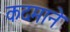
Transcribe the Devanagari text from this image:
कदमाने